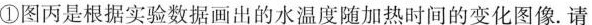
①图丙是根据实验数据画出的水温度随加热时间的变化图像.请